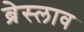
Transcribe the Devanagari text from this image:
ब्रेस्लाव